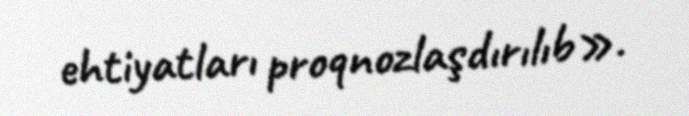
ehtiyatları proqnozlaşdırılıb».